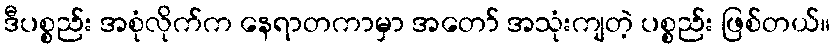
ဒီပစ္စည်း အစုံလိုက်က နေရာတကာမှာ အတော် အသုံးကျတဲ့ ပစ္စည်း ဖြစ်တယ်။